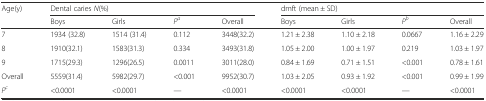
<table><thead><tr><td rowspan="2"><b>Age(y)</b></td><td colspan="4"><b>Dental caries <i>N</i>(%)</b></td><td colspan="4"><b>dmft (mean ± SD)</b></td></tr><tr><td><b>Boys</b></td><td><b>Girls</b></td><td><b><i>P</i><sup><i>a</i></sup></b></td><td><b>Overall</b></td><td><b>Boys</b></td><td><b>Girls</b></td><td><b><i>P</i><sup><i>b</i></sup></b></td><td><b>Overall</b></td></tr></thead><tbody><tr><td>7</td><td>1934 (32.8)</td><td>1514 (31.4)</td><td>0.112</td><td>3448(32.2)</td><td>1.21 ± 2.38</td><td>1.10 ± 2.18</td><td>0.0667</td><td>1.16 ± 2.29</td></tr><tr><td>8</td><td>1910(32.1)</td><td>1583(31.3)</td><td>0.334</td><td>3493(31.8)</td><td>1.05 ± 2.00</td><td>1.00 ± 1.97</td><td>0.219</td><td>1.03 ± 1.97</td></tr><tr><td>9</td><td>1715(29.3)</td><td>1296(26.5)</td><td>0.0011</td><td>3011(28.0)</td><td>0.84 ± 1.69</td><td>0.71 ± 1.51</td><td>&lt;0.001</td><td>0.78 ± 1.61</td></tr><tr><td>Overall</td><td>5559(31.4)</td><td>5982(29.7)</td><td>&lt;0.001</td><td>9952(30.7)</td><td>1.03 ± 2.05</td><td>0.93 ± 1.92</td><td>&lt;0.001</td><td>0.99 ± 1.99</td></tr><tr><td><i>P</i><sup><i>c</i></sup></td><td>&lt;0.0001</td><td>&lt;0.0001</td><td>—</td><td>&lt;0.0001</td><td>&lt;0.0001</td><td>&lt;0.0001</td><td>—</td><td>&lt;0.0001</td></tr></tbody></table>